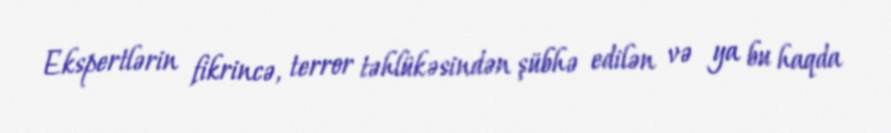
Ekspertlərin fikrincə, terror təhlükəsindən şübhə edilən və ya bu haqda